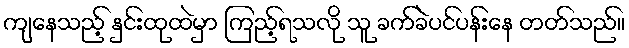
ကျနေသည့် နှင်းထုထဲမှာ ကြည့်ရသလို သူ ခက်ခဲပင်ပန်းနေ တတ်သည်။